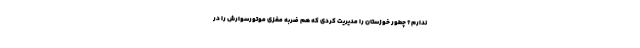
ندارم؟ چطور خوزستان را مدیریت کردی که هم ضربه مغزی موتورسوارش را در